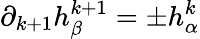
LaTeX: \partial_{k+1}h_{\beta}^{k+1}=\pm h_{\alpha}^{k}